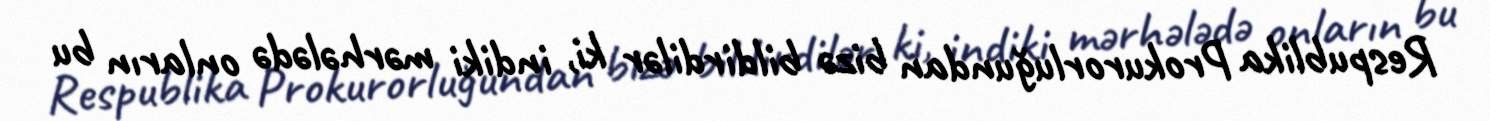
Respublika Prokurorluğundan bizə bildirdilər ki, indiki mərhələdə onların bu